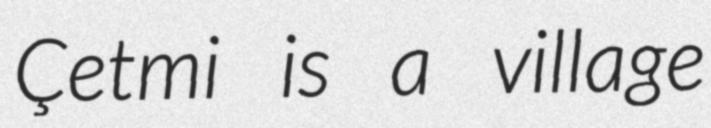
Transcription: Çetmi is a village